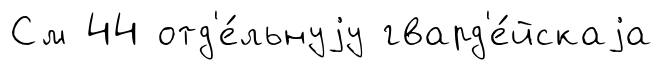
См 44 отд'е́льнуjу гвард'е́йскаjа